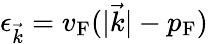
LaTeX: \epsilon_{\vec{k}}=v_{\mathrm{{F}}}(|{\vec{k}}|-p_{\mathrm{{F}}})